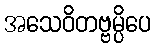
အသေဝိတဗ္ဗမ္ပိပေ